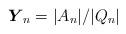
LaTeX: \begin{align*}\boldsymbol Y_n=|A_n|/|Q_n|\end{align*}